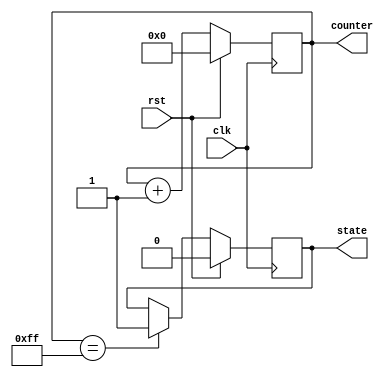
module reset_example (
    input wire clk,         // Clock signal
    input wire rst,         // Reset signal (active high)
    output reg [7:0] counter, // 8-bit counter
    output reg state        // State variable (for example, a simple state)
);

// State definitions
localparam IDLE = 1'b0;
localparam ACTIVE = 1'b1;

// Synchronous reset behavior
always @(posedge clk) begin
    if (rst) begin
        // Initialize registers on reset
        counter <= 8'b0;    // Set counter to zero
        state <= IDLE;      // Set state to IDLE
    end else begin
        // Normal operation
        counter <= counter + 1; // Increment counter
        // Example state transition
        if (counter == 8'd255) begin
            state <= ACTIVE; // Change state when counter reaches 255
        end
    end
end

endmodule